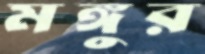
মঙ্গুর